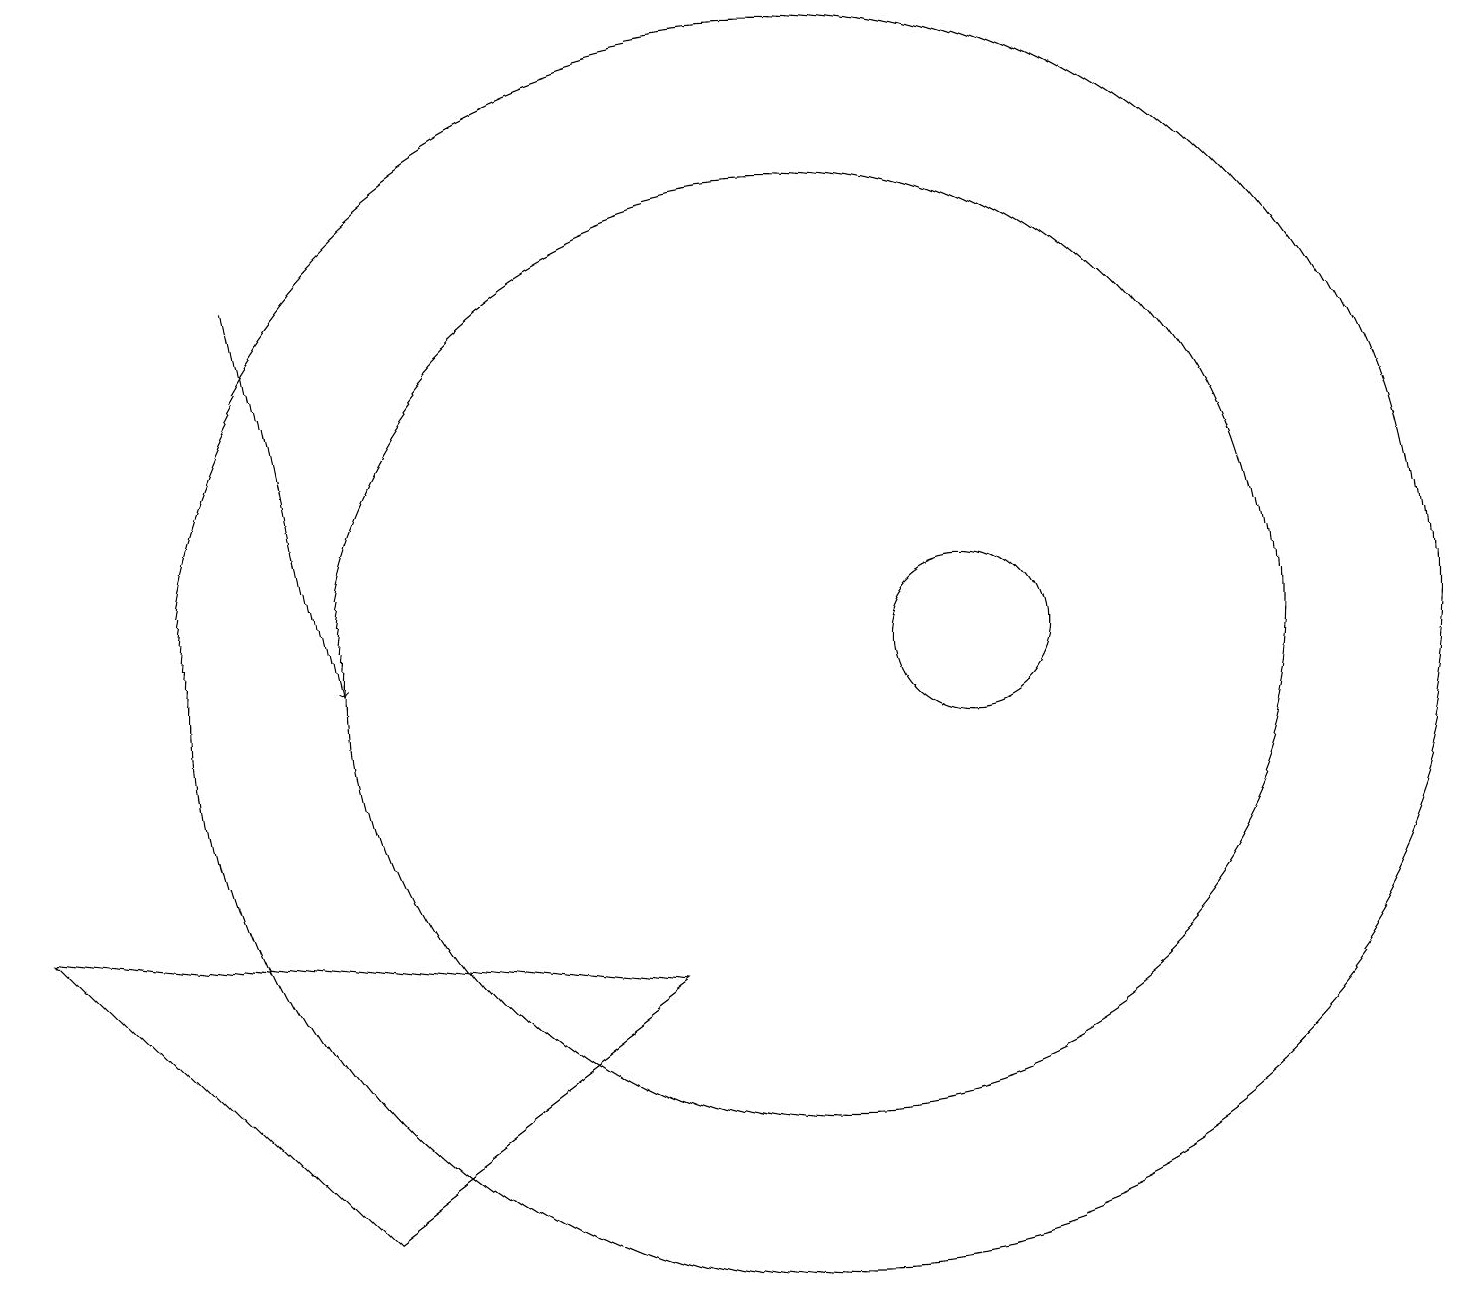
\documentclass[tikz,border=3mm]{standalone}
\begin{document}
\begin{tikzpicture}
\draw (4,4) -- (8,7) -- (0,8) -- cycle;
\draw (12,11) circle (1);
\draw (10,11) circle (6);
\draw[->] (3,16) -- (4,11);
\draw (10,11) circle (8);
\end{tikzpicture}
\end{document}